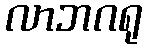
လာဘဂရု